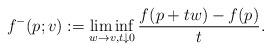
LaTeX: \begin{align*} f^-(p;v):= \liminf_{w \to v, t\downarrow 0}\frac{f(p+ t w)-f(p)}{t}.\end{align*}